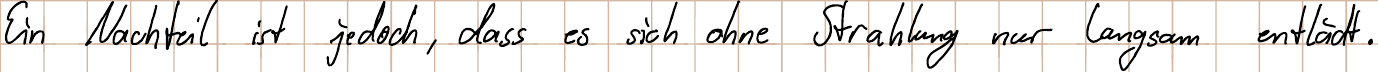
Ein Nachteil ist jedoch, dass es sich ohne Strahlung nur langsam entlädt.